Indian journal of veterinary science and animal husbandry - Volume 4,
Year: 1934
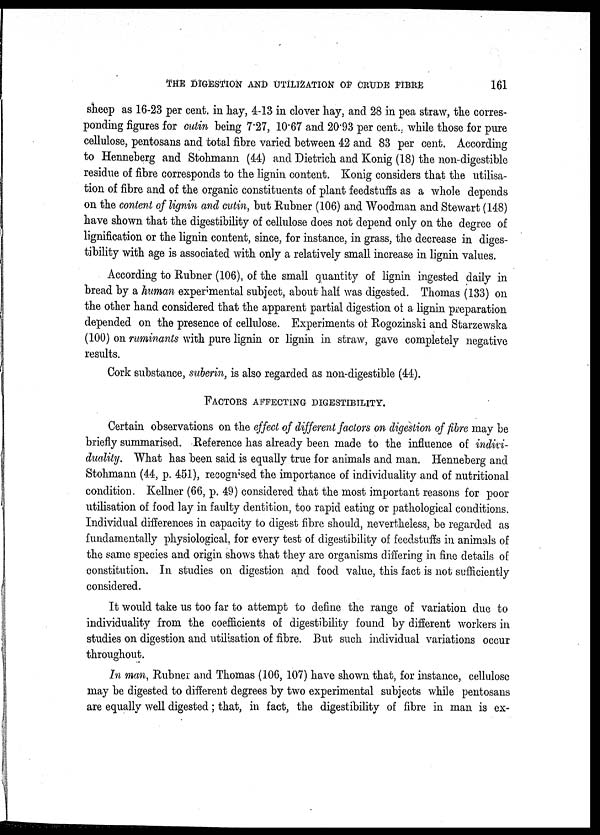
THE DIGESTION AND UTILIZATION OF CRUDE FIBRE
161
sheep as 16-23 per cent. in hay, 4-13 in clover hay, and 28 in pea straw, the corres-
ponding figures for cutin being 7.27, 10.67 and 20.93 per cent. , while those for pure
cellulose, pentosans and total fibre varied between 42 and 83 per cent. According
to Henneberg and Stohmann (44) and Dietrich and Konig (18) the non-digestible
residue of fibre corresponds to the lignin content. Konig considers that the utilisa-
tion of fibre and of the organic constituents of plant feedstuffs as a whole depends
on the content of lignin and cutin, but Rubner (106) and Woodman and Stewart (148)
have shown that the digestibility of cellulose does not depend only on the degree of
lignification or the lignin content, since, for instance, in grass, the decrease in diges-
tibility with age is associated with only a relatively small increase in lignin values.
According to Rubner (106), of the small quantity of lignin ingested daily in
bread by a human experimental subject, about half was digested. Thomas (133) on
the other hand considered that the apparent partial digestion of a lignin preparation
depended on the presence of cellulose. Experiments of Rogozinski and Starzewska
(100) on ruminants with pure lignin or lignin in straw, gave completely negative
results.
Cork substance, suberin, is also regarded as non-digestible (44).
FACTORS AFFECTING DIGESTIBILITY.
Certain observations on the effect of different factors on digestion of fibre may be
briefly summarised. Reference has already been made to the influence of indivi-
duality. What has been said is equally true for animals and man. Henneberg and
Stohmann (44, p. 451), recognised the importance of individuality and of nutritional
condition. Kellner (66, p. 49) considered that the most important reasons for poor
utilisation of food lay in faulty dentition, too rapid eating or pathological conditions.
Individual differences in capacity to digest fibre should, nevertheless, be regarded as
fundamentally physiological, for every test of digestibility of feedstuffs in animals of
the same species and origin shows that they are organisms differing in fine details of
constitution. In studies on digestion and food value, this fact is not sufficiently
considered.
It would take us too far to attempt to define the range of variation due to
individuality from the coefficients of digestibility found by different workers in
studies on digestion and utilisation of fibre. But such individual variations occur
throughout.
In man, Rubner and Thomas (106, 107) have shown that, for instance, cellulose
may be digested to different degrees by two experimental subjects while pentosans
are equally well digested; that, in fact, the digestibility of fibre in man is ex-